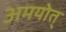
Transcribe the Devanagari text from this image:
अमयोत्